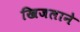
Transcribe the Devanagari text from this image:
खिजलाने